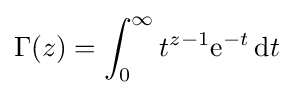
\Gamma (z)=\int _{0}^{\infty }t^{z-1}\mathrm {e} ^{-t}\,\mathrm {d} t